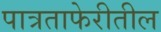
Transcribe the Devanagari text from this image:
पात्रताफेरीतील